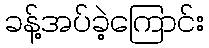
ခန့်အပ်ခဲ့ကြောင်း